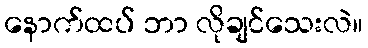
နောက်ထပ် ဘာ လိုချင်သေးလဲ။